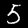
Digit: 5